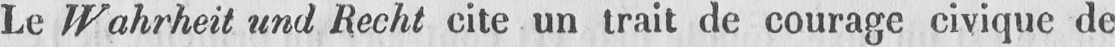
Le Wahrheit and Recht cite un trait de courage civique de